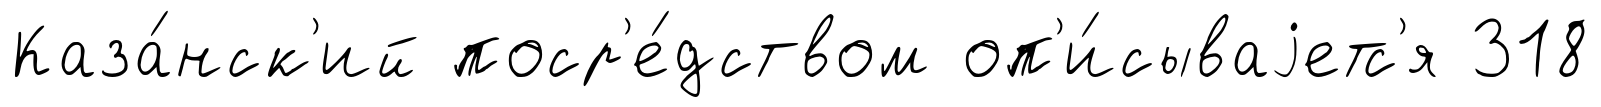
Каза́нск'ий поср'е́дством оп'и́сываjетс'я 318